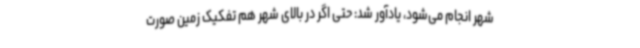
شهر انجام می‌شود، یادآور شد: حتی اگر در بالای شهر هم تفکیک زمین صورت